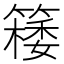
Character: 𥴟